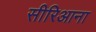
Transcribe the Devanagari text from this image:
सीरिआना